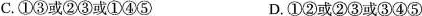
C.①③或②③或①④⑤ D.①②或②③或③④⑤